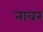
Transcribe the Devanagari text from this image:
नाबर